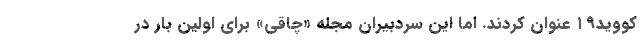
کووید۱۹ عنوان کردند. اما این سردبیران مجله «چاقی» برای اولین بار در